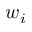
w _ { i }